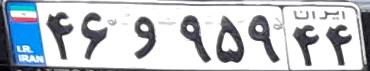
۴۶و۹۵۹۴۴